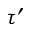
\tau ^ { \prime }